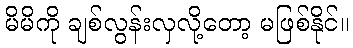
မိမိကို ချစ်လွန်းလှလို့တော့ မဖြစ်နိုင်။